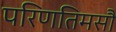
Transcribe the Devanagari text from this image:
परिणतिमसौ